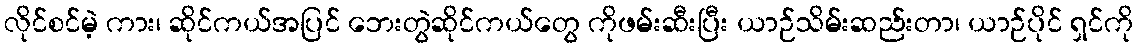
လိုင်စင်မဲ့ ကား၊ ဆိုင်ကယ်အပြင် ဘေးတွဲဆိုင်ကယ်တွေ ကိုဖမ်းဆီးပြီး ယာဉ်သိမ်းဆည်းတာ၊ ယာဉ်ပိုင် ရှင်ကို